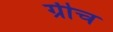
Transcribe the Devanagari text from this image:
ग्रीच